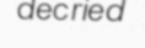
decried